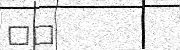
٢٢